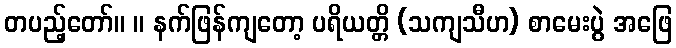
တပည့်တော်။ ။ နက်ဖြန်ကျတော့ ပရိယတ္တိ (သကျသီဟ) စာမေးပွဲ အဖြေ